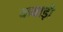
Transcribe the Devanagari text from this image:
कवाड़ी